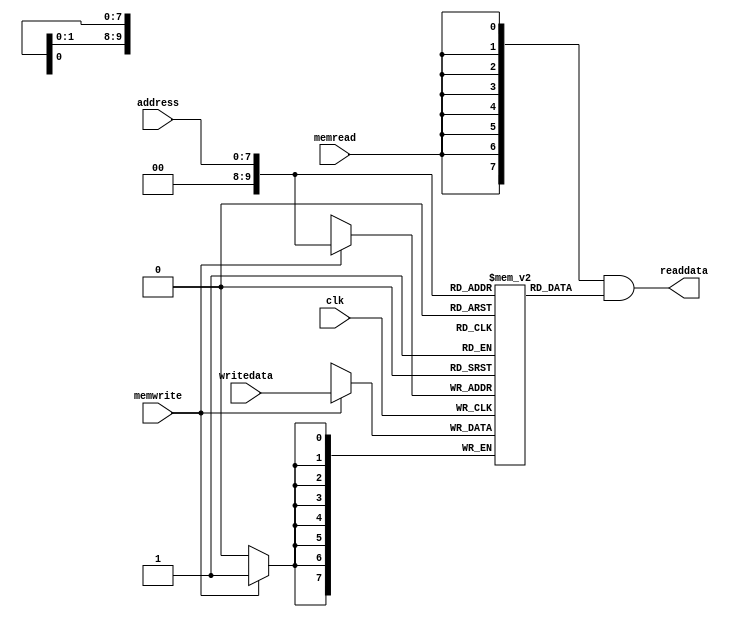
/******************************************************************
* description
*	this is the data memory for the mips processor
*	1.0
* author:
*	dr. jos luis pizano escalante
* email:
*	luispizano@iteso.mx
* date:
*	01/03/2014
******************************************************************/

module datamemory 
#(	parameter data_width=8,
	parameter memory_depth = 1024

)
(
	input [data_width-1:0] writedata,
	input [data_width-1:0]  address,
	input memwrite,memread, clk,

	output  [data_width-1:0]  readdata
);
	
	// declare the ram variable
	reg [data_width-1:0] ram[memory_depth-1:0];
	wire [data_width-1:0] readdataaux;

	always @ (posedge clk)
	begin
		// write
		if (memwrite)
			ram[address] <= writedata;
	end
	assign readdataaux = ram[address];
  	assign readdata = {data_width{memread}}& readdataaux;

endmodule
//datamemory